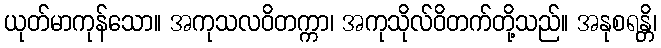
ယုတ်မာကုန်သော။ အကုသလဝိတက္ကာ၊ အကုသိုလ်ဝိတက်တို့သည်။ အနုစရန္တိ၊